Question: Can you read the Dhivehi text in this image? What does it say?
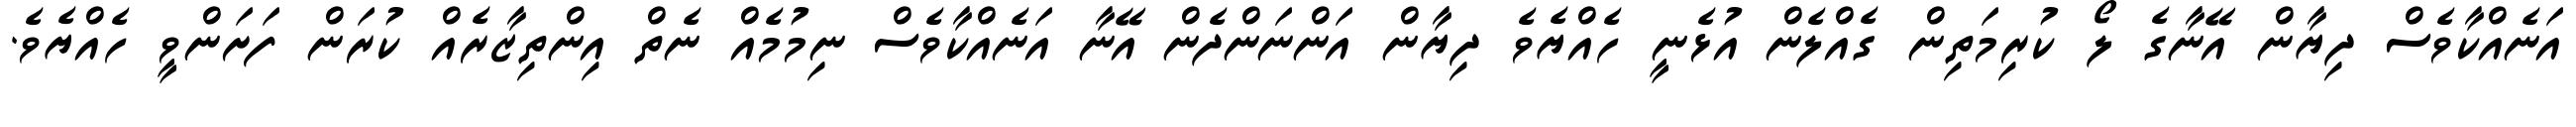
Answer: އަނެއްކާވެސް ދިޔާން އޭނާގެ ލޯ ކުރިމަތިން ގެއްލެން އުޅެނީ ހެއްޔެވެ ދިޔާން އަންނަންދެން އޭނާ އަނެއްކާވެސް ނިމުމެއް ނެތް އިންތިޒާރެއް ކުރަން ފަށަންވީ ހެއްޔެވެ.